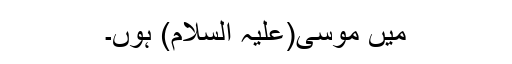
میں موسٰی(علیہ السلام) ہوں۔